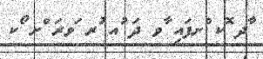
ާދ ޮކ ްށފައި ާވ ދަ ުއ ުރ ަވރަ ްށ ޯކ